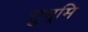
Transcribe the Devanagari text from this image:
सुभूमि